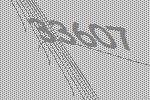
33607